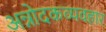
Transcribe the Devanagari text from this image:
अन्नोदकव्यवहार